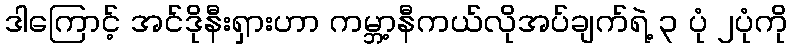
ဒါကြောင့် အင်ဒိုနီးရှားဟာ ကမ္ဘာ့နီကယ်လိုအပ်ချက်ရဲ့ ၃ ပုံ ၂ပုံကို